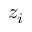
z _ { i }